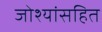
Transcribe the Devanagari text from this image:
जोश्यांसहित